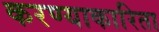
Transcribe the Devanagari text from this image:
करण्याकारिता